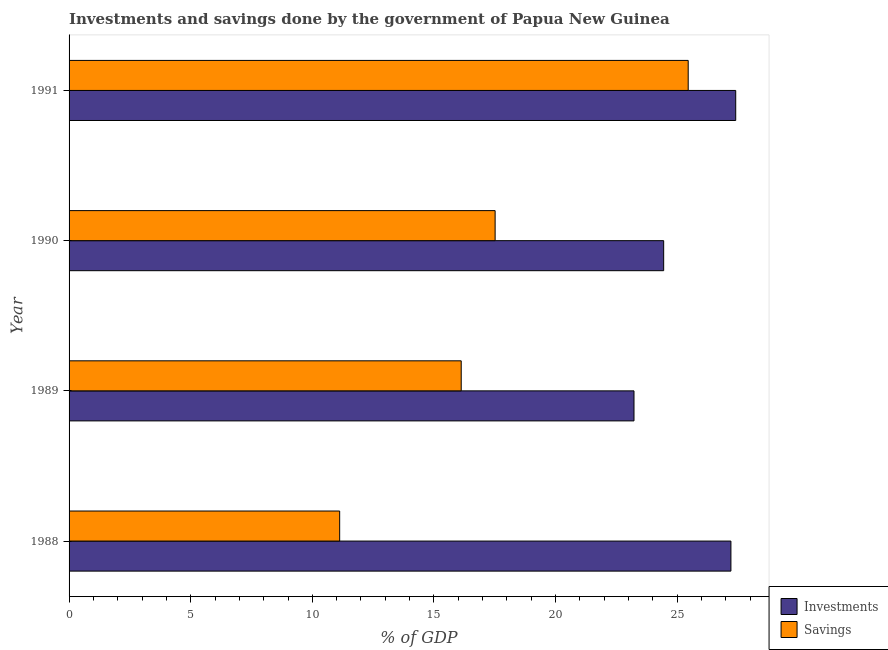
| Year | Investments | Savings |
 | --- | --- | --- |
 | 1988 | 27.2 | 11.1 |
 | 1989 | 23.2 | 16.1 |
 | 1990 | 24.4 | 17.5 |
 | 1991 | 27.4 | 25.5 |